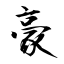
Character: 豪